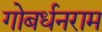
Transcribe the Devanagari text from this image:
गोबर्धनराम